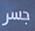
جسر